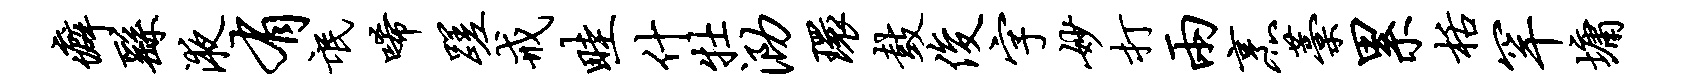
癖繇液有氓唏蹉戒畦什牡泐环鼓俊字妙打两烹藁累栝罕墉